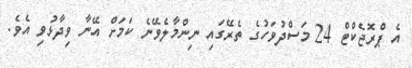
އެ ޕްރޮޖެކްޓް 24 މަސްދުވަހުގެ ތެރޭގައި ނިންމާލެވޭނެ ކަމަށް އޭނާ ވިދާޅުވި އެވެ.